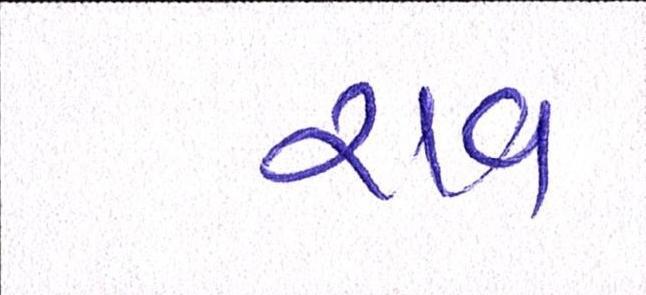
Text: રાવ